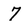
Character: 7